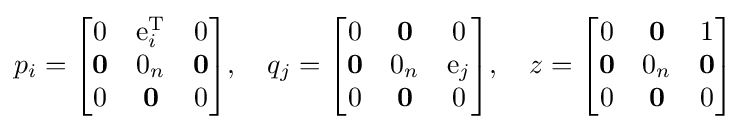
p_{i}={\begin{bmatrix}0&\operatorname {e} _{i}^{\mathrm {T} }&0\\\mathbf {0} &0_{n}&\mathbf {0} \\0&\mathbf {0} &0\end{bmatrix}},\quad q_{j}={\begin{bmatrix}0&\mathbf {0} &0\\\mathbf {0} &0_{n}&\operatorname {e} _{j}\\0&\mathbf {0} &0\end{bmatrix}},\quad z={\begin{bmatrix}0&\mathbf {0} &1\\\mathbf {0} &0_{n}&\mathbf {0} \\0&\mathbf {0} &0\end{bmatrix}}